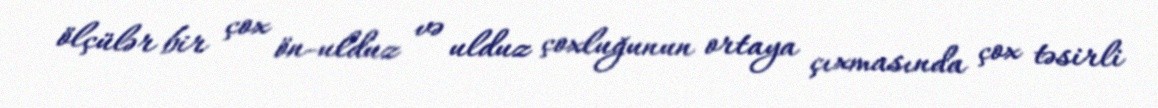
ölçülər bir çox ön-ulduz və ulduz çoxluğunun ortaya çıxmasında çox təsirli